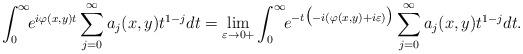
LaTeX: \begin{align*} \int^{\infty}_0\!\!e^{i\varphi(x, y)t}\sum^\infty_{j=0}a_j(x, y)t^{1-j}dt =\lim_{\varepsilon\to0+}\int^{\infty}_0\!\!e^{-t\bigr(-i(\varphi(x, y)+i\varepsilon)\bigr)}\sum^\infty_{j=0}a_j(x, y)t^{1-j}dt.\end{align*}